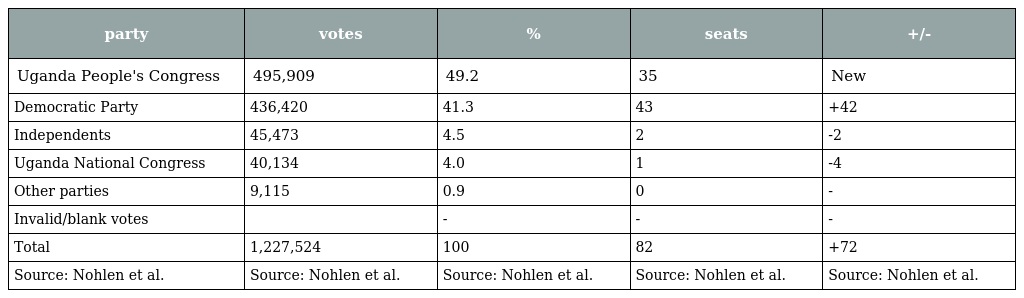
| party | votes | % | seats | +/- |
 | --- | --- | --- | --- | --- |
 | Uganda People's Congress | 495,909 | 49.2 | 35 | New |
 | Democratic Party | 436,420 | 41.3 | 43 | +42 |
 | Independents | 45,473 | 4.5 | 2 | -2 |
 | Uganda National Congress | 40,134 | 4.0 | 1 | -4 |
 | Other parties | 9,115 | 0.9 | 0 | - |
 | Invalid/blank votes |  | - | - | - |
 | Total | 1,227,524 | 100 | 82 | +72 |
 | Source: Nohlen et al. | Source: Nohlen et al. | Source: Nohlen et al. | Source: Nohlen et al. | Source: Nohlen et al. |